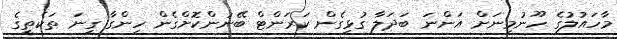
މާހައުލުގެ ހޫނުމިނަށް އަންނަ ބަދަލާ ގުޅިގެން ކަރަންޓް ބޭނުންކޮށްގެން ހިންގާ ގިނަ ތަކެތީގެ